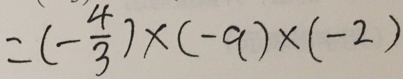
= ( - \frac { 4 } { 3 } ) \times ( - 9 ) \times ( - 2 )